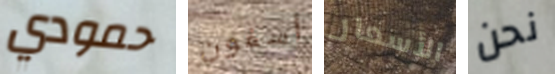
حمودي أسفون الأسعار نحن